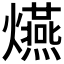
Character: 𤒈